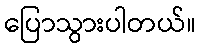
ပြောသွားပါတယ်။